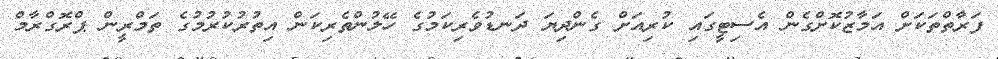
ފަރާތްތަކަށް އަމާޒުކޮށްގެން އެސިޓީގައި ކުރިއަށް ގެންދިޔަ ދަނޑުވެރިކަމުގެ ހޭލުންތެރިކަން އިތުރުކުރުމުގެ ތަމްރީން ޕްރޮގްރާމް